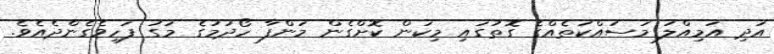
އަދި އަމިއްލަ މަސައްކަތެއްގެ ގޮތުގައި މިކަން ކޮށްގެން މަންފާ ހޯދުމުގެ މަގު ފަހިވެގެންދެއެވެ.